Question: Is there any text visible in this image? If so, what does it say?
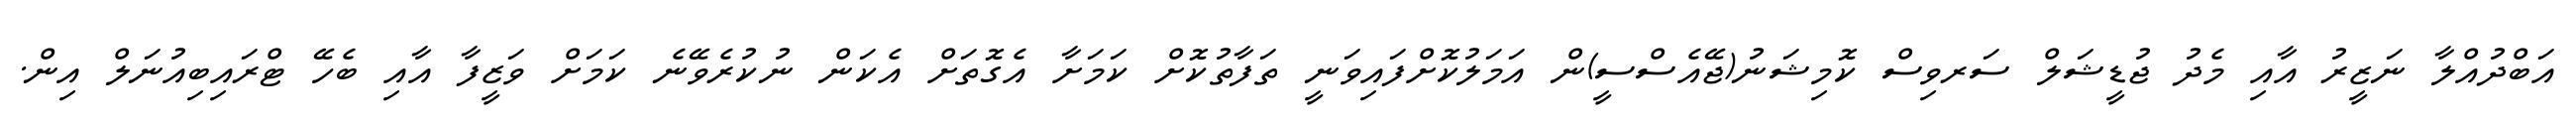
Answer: އަބްދުއްލާ ނަޒީރު އާއި މެދު ޖުޑީޝަލް ސަރވިސް ކޮމިޝަނު(ޖޭއެސްސީ)ން އަމަލުކޮށްފައިވަނީ ތަފާތުކޮށް ކަމަށާ އެގޮތަށް އެކަން ނުކުރެވޭނެ ކަމަށް ވަޒީފާ އާއި ބެހޭ ޓްރައިބިއުނަލް އިން.